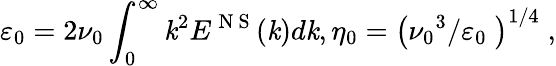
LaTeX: {{\varepsilon}_{0}}=2{{\nu}_{0}}\int_{0}^{\infty}{{{\mathit{k}}^{2}}{{E}^{\mathrm{{~N~S~}}}}(\mathit{k})d\mathit{k}},{{\eta}_{0}}={{\left({{{\nu}_{0}}^{3}}/{{{\varepsilon}_{0}}}\; \right)}^{{1}/{4}\; }},